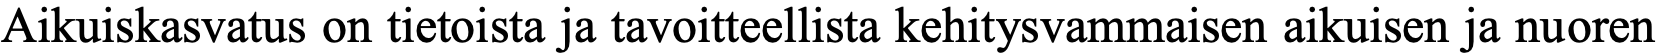
Aikuiskasvatus on tietoista ja tavoitteellista kehitysvammaisen aikuisen ja nuoren